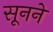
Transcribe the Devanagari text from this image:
सूनने